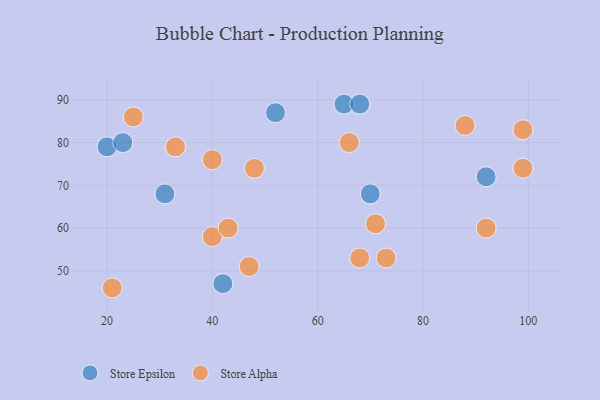
{"axis": {"x": "GDP", "y": "Life Expectancy"}, "legend": ["Store Alpha", "Store Epsilon"], "data": [{"x": "65", "y": 89, "type": "Store Epsilon"}, {"x": "20", "y": 79, "type": "Store Epsilon"}, {"x": "52", "y": 87, "type": "Store Epsilon"}, {"x": "31", "y": 68, "type": "Store Epsilon"}, {"x": "70", "y": 68, "type": "Store Epsilon"}, {"x": "42", "y": 47, "type": "Store Epsilon"}, {"x": "92", "y": 72, "type": "Store Epsilon"}, {"x": "68", "y": 89, "type": "Store Epsilon"}, {"x": "23", "y": 80, "type": "Store Epsilon"}, {"x": "40", "y": 58, "type": "Store Alpha"}, {"x": "33", "y": 79, "type": "Store Alpha"}, {"x": "73", "y": 53, "type": "Store Alpha"}, {"x": "68", "y": 53, "type": "Store Alpha"}, {"x": "66", "y": 80, "type": "Store Alpha"}, {"x": "47", "y": 51, "type": "Store Alpha"}, {"x": "88", "y": 84, "type": "Store Alpha"}, {"x": "21", "y": 46, "type": "Store Alpha"}, {"x": "92", "y": 60, "type": "Store Alpha"}, {"x": "40", "y": 76, "type": "Store Alpha"}, {"x": "25", "y": 86, "type": "Store Alpha"}, {"x": "71", "y": 61, "type": "Store Alpha"}, {"x": "48", "y": 74, "type": "Store Alpha"}, {"x": "99", "y": 83, "type": "Store Alpha"}, {"x": "43", "y": 60, "type": "Store Alpha"}, {"x": "99", "y": 74, "type": "Store Alpha"}]}